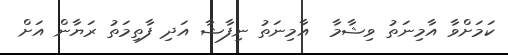
ކަމަށްވާ އާމިނަތު ވިޝާމާ  އާމިނަތު ނިފާޝާ އަދި ފާތިމަތު ރަޔާން އަށް